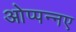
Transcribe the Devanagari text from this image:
ओप्पन्नए